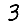
Digit: 3